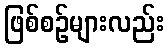
ဖြစ်စဉ်များလည်း